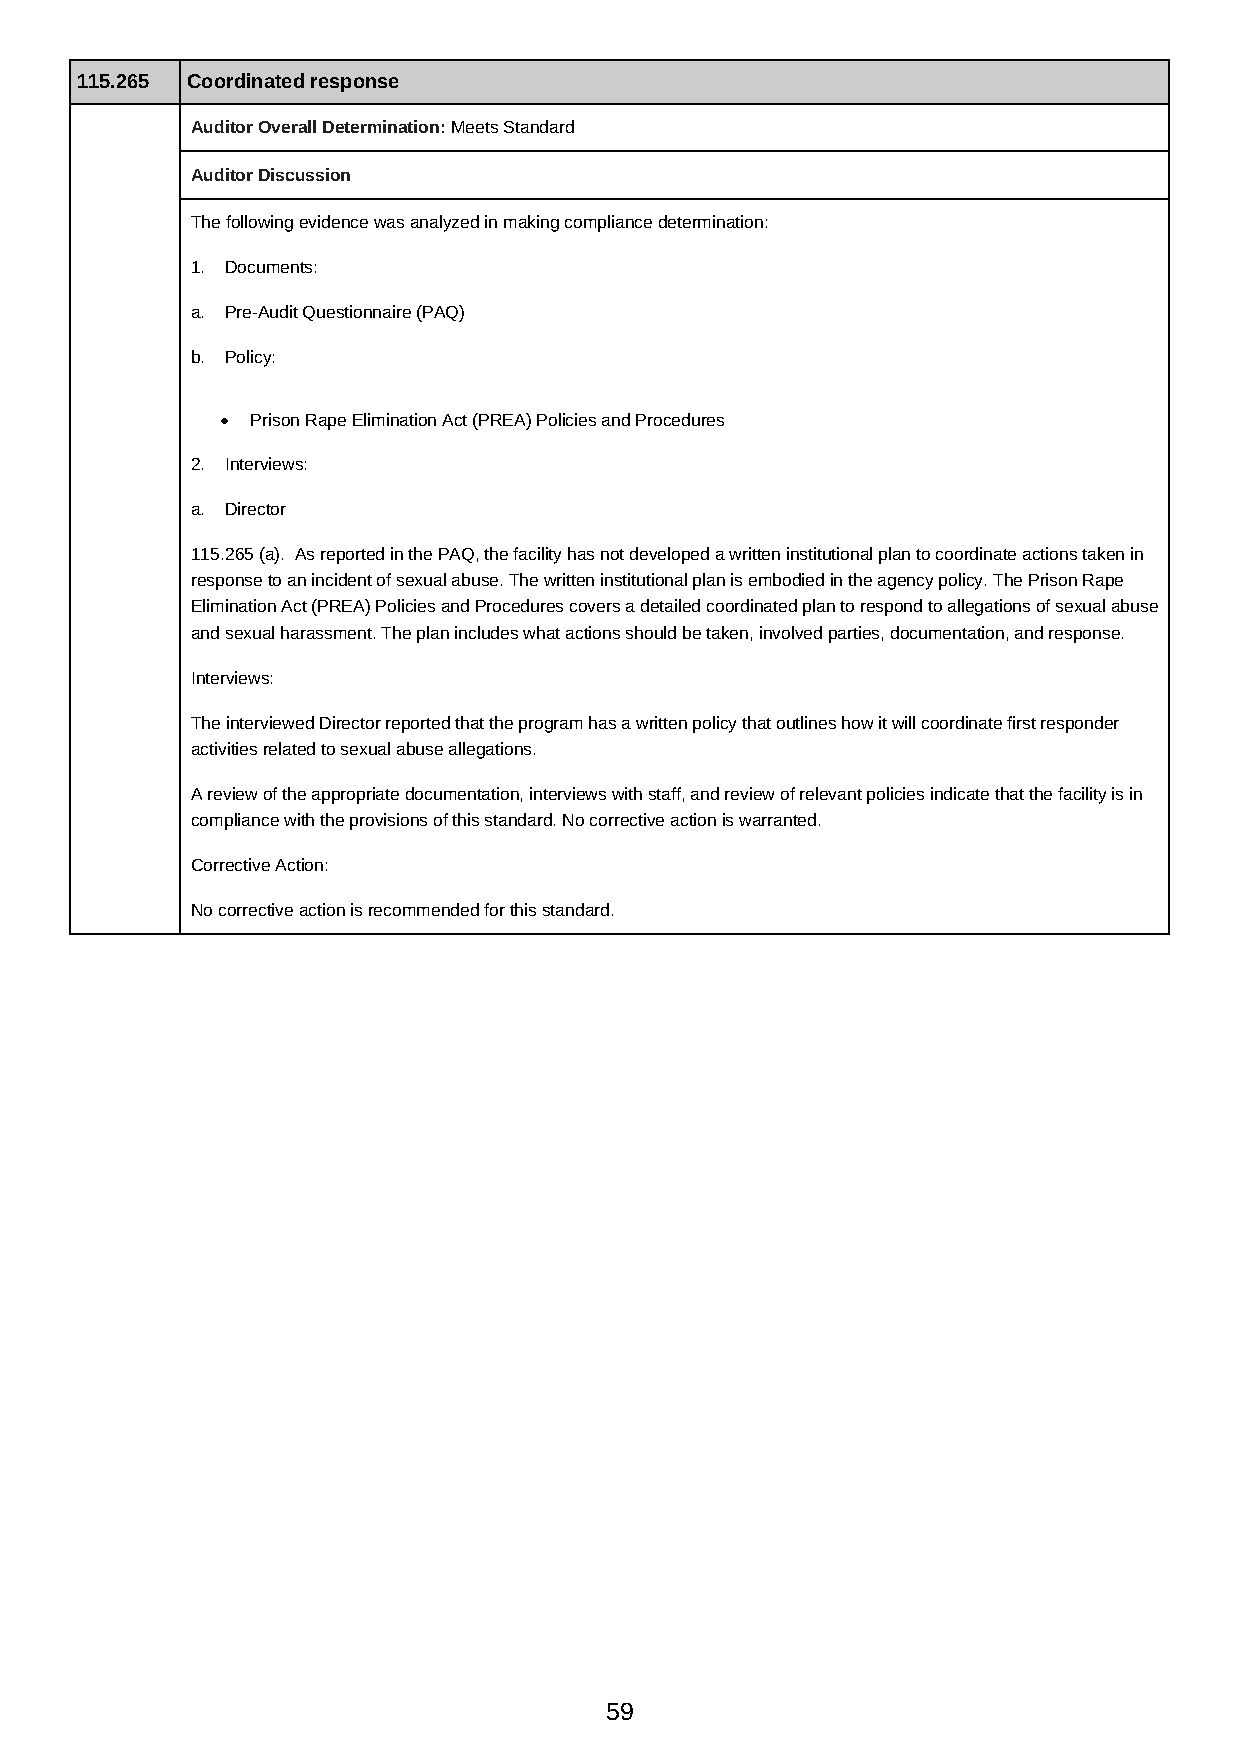
115.265 Coordinated response
 Auditor Overall Determination: Meets Standard
 Auditor Discussion
 The following evidence was analyzed in making compliance determination:
 1. Documents:
 a. Pre-Audit Questionnaire (PAQ)
 b. Policy:
 Prison Rape Elimination Act (PREA) Policies and Procedures
 2. Interviews:
 a. Director
 115.265 (a). As reported in the PAQ, the facility has not developed a written institutional plan to coordinate actions taken in
 response to an incident of sexual abuse. The written institutional plan is embodied in the agency policy. The Prison Rape
 Elimination Act (PREA) Policies and Procedures covers a detailed coordinated plan to respond to allegations of sexual abuse
 and sexual harassment. The plan includes what actions should be taken, involved parties, documentation, and response.
 Interviews:
 The interviewed Director reported that the program has a written policy that outlines how it will coordinate first responder
 activities related to sexual abuse allegations.
 A review of the appropriate documentation, interviews with staff, and review of relevant policies indicate that the facility is in
 compliance with the provisions of this standard. No corrective action is warranted.
 Corrective Action:
 No corrective action is recommended for this standard.
 59